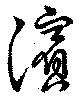
濱